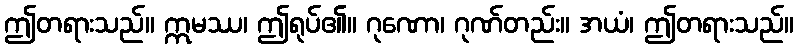
ဤတရားသည်။ ဣမဿ၊ ဤရုပ်၏။ ဂုဏော၊ ဂုဏ်တည်း။ အယံ၊ ဤတရားသည်။